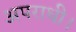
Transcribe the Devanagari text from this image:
अपराधी।